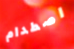
اصطدام